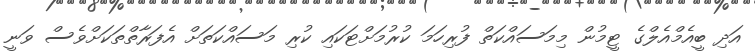
އަދި ބީއެމްއެލްގެ ޓީމުން މިމަސައްކަތް ފުރިހަމަ ކުރުމަށްޓަކައި ކުރި މަސައްކަތަށް އެފަރާތްތަކަށްވެސް ވަނީ